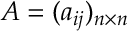
A = ( a _ { i j } ) _ { n \times n }